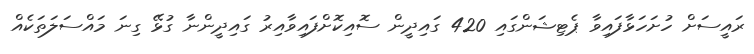
ރައީސަށް ހުށަހަޅާފައިވާ ޕެޓިޝަންގައި 420 ގައިދީން ސޮއިކޮށްފައިވާއިރު ގައިދީންނާ ގުޅޭ ގިނަ މައްސަލަތަކެއް